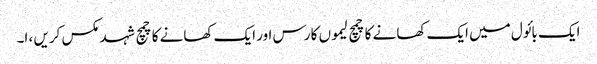
ایک بائول میں ایک کھانے کا چمچ لیموں کا رس اور ایک کھانے کا چمچ شہد مکس کریں ، ا۔